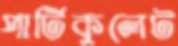
পার্টিকুলেট